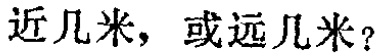
近几米，或远几米？